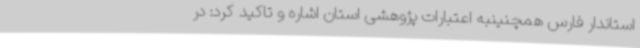
استاندار فارس همچنینبه اعتبارات پژوهشی استان اشاره و تاکید کرد: در